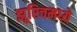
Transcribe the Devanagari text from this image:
झूरिचमध्ये